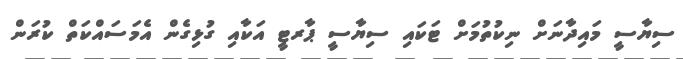
ސިޔާސީ މަައިދާނަށް ނިކުތުމަށް ޓަކައި ސިޔާސީ ޕާރޓީ އަކާއި ގުޅިގެން އެމަސައްކަތް ކުރަން